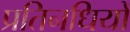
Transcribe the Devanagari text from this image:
प्रतिनधियों